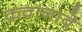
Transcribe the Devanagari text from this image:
कवानाबे